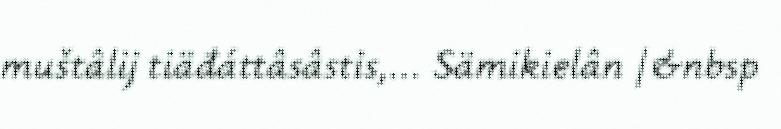
muštâlij tiäđáttâsâstis,... Sämikielân |&nbsp